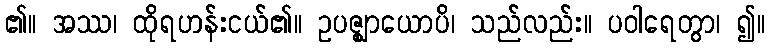
၏။ အဿ၊ ထိုရဟန်းငယ်၏။ ဥပဇ္ဈာယောပိ၊ သည်လည်း။ ပဝါရေတွာ၊ ၍။